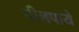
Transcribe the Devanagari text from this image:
पीलपाये